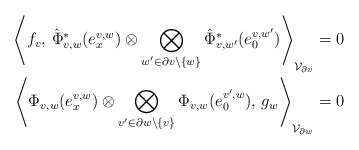
\begin{align*}\left\langle f_v,\, \hat{\Phi}^*_{v,w}(e^{v,w}_x)\otimes \bigotimes_{w'\in\partial v\setminus \{w\}} \hat{\Phi}^*_{v,w'}(e^{v,w'}_0)\right\rangle_{\mathcal{V}_{\partial v}}&=0\\\left\langle \Phi_{v,w}(e^{v,w}_x)\otimes \bigotimes_{v'\in\partial w\setminus \{v\}} \Phi_{v,w}(e^{v',w}_0),\,g_w\right\rangle_{\mathcal{V}_{\partial w}}&=0\end{align*}